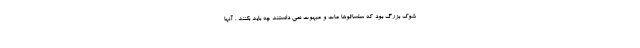
شوک بزرگ بود که سلسائوها مات و مبهوت نمی دانستند چه باید بکنند . آنها